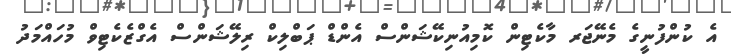
އެ ކުންފުނީގެ މެނޭޖަރ މާކެޓިން ކޮމިއުނިކޭޝަންސް އެންޑް ޕަބްލިކް ރިލޭޝަންސް އެގްޒެކެޓިވް މުހައްމަދު